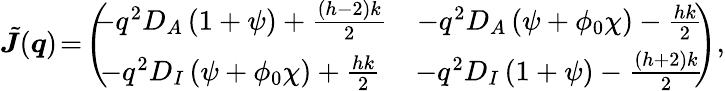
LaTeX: \begin{array}{r}{\tilde{\boldsymbol{J}}(\boldsymbol q)\! =\! \left(\! \! \! \begin{array}{cc}{-q^{2}D_{A}\left(1+\psi\right)+\frac{(h-2)k}{2}}&{-q^{2}D_{A}\left(\psi+\phi_{0}\chi\right)-\frac{hk}{2}}\\ {-q^{2}D_{I}\left(\psi+\phi_{0}\chi\right)+\frac{hk}{2}}&{-q^{2}D_{I}\left(1+\psi\right)-\frac{(h+2)k}{2}}\end{array}\! \! \right),}\end{array}